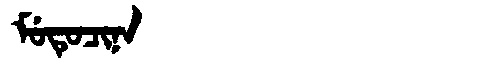
Manchu: ᠮᡠᡨᡠᠴᡳᠨᠠ
Romanization: MUTUCINA